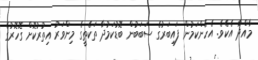
މާއްދާ އެކެވެ. އެހެންކަމުން ފައިބަރުގެ ސަބަބުން ބޮޑުކަމުދާ ތަކެތީގެ މިންވަރު އިތުރުކޮށް ގޮހޮރުގެ